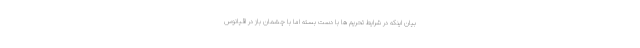
بیان اینکه در شرایط تحریم ها با دست بسته اما با چشمان باز در اقیانوس